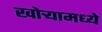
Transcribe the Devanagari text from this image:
खोऱ्यामध्ये